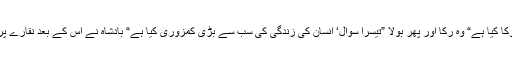
“ وہ رکا اور بولا ”دوسرا سوال‘ انسان کی زندگی کا سب سے بڑا دھوکا کیا ہے“ وہ رکا اور پھر بولا ”تیسرا سوال‘ انسان کی زندگی کی سب سے بڑی کمزوری کیا ہے“ بادشاہ نے اس کے بعد نقارے پر چوٹ لگوائی اور بآواز بلند فرمایا ”تمہارا وقت شروع ہوتا ہے اب“۔